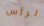
لرأس